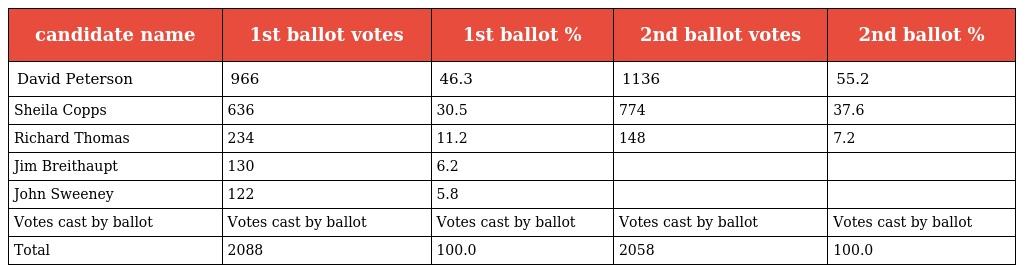
| candidate name | 1st ballot votes | 1st ballot % | 2nd ballot votes | 2nd ballot % |
 | --- | --- | --- | --- | --- |
 | David Peterson | 966 | 46.3 | 1136 | 55.2 |
 | Sheila Copps | 636 | 30.5 | 774 | 37.6 |
 | Richard Thomas | 234 | 11.2 | 148 | 7.2 |
 | Jim Breithaupt | 130 | 6.2 |  |  |
 | John Sweeney | 122 | 5.8 |  |  |
 | Votes cast by ballot | Votes cast by ballot | Votes cast by ballot | Votes cast by ballot | Votes cast by ballot |
 | Total | 2088 | 100.0 | 2058 | 100.0 |